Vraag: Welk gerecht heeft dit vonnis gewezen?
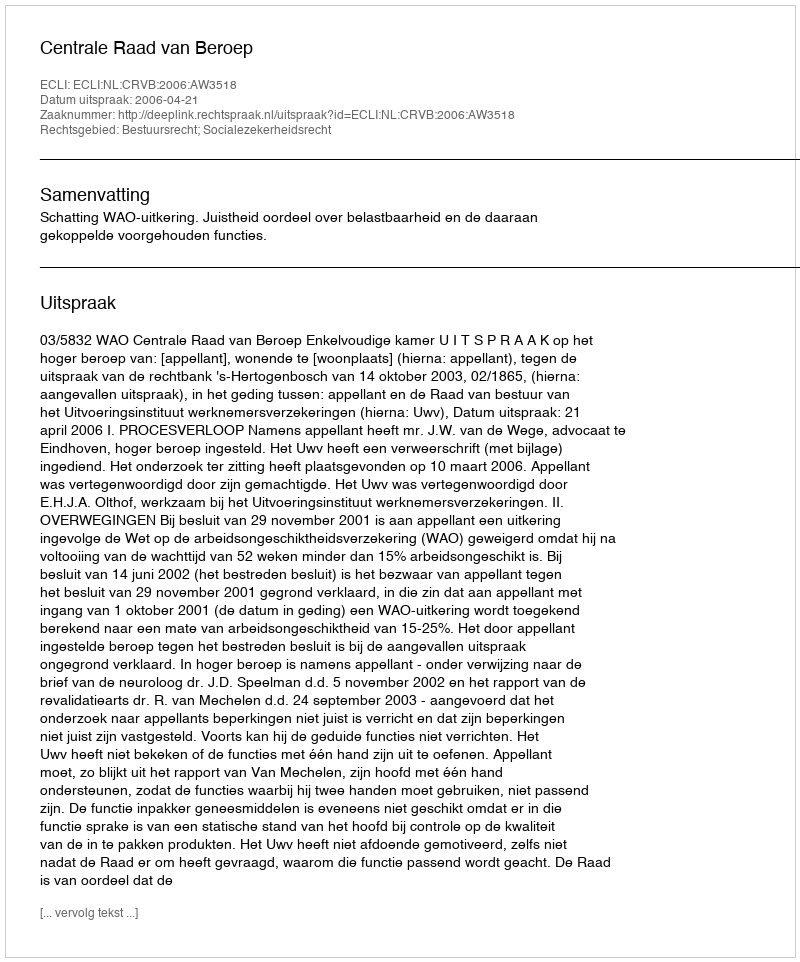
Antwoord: Centrale Raad van Beroep